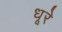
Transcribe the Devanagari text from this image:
धूरे